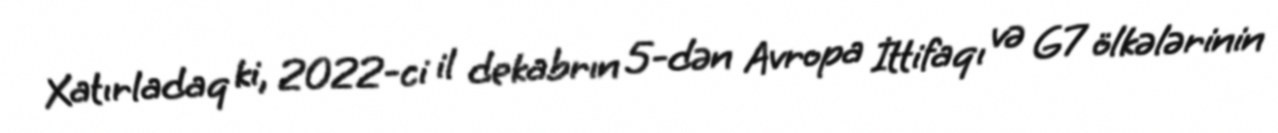
Xatırladaq ki, 2022-ci il dekabrın 5-dən Avropa İttifaqı və G7 ölkələrinin